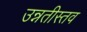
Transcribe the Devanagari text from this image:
उन्नतीस्तव